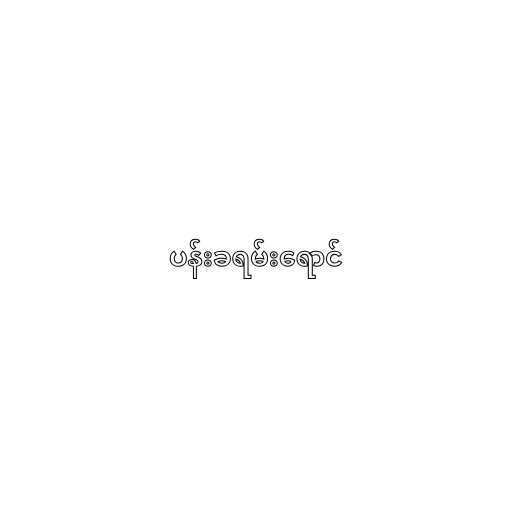
ပန်းခရမ်းရောင်